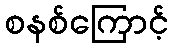
စနစ်ကြောင့်